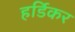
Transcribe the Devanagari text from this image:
हर्डिकर